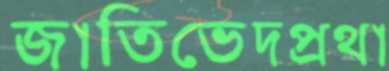
জাতিভেদপ্রথা